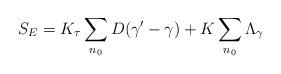
LaTeX: \begin{align*}S_{E} = K_{\tau} \sum_{n_{0}} D(\gamma'-\gamma) + K \sum_{n_{0}} \Lambda_{\gamma} \end{align*}